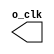
module clock_gen #(
    parameter period = 10) (
    output reg o_clk
    );

    initial o_clk = 1'b0;

    always #(period/2) o_clk = ~o_clk;

endmodule